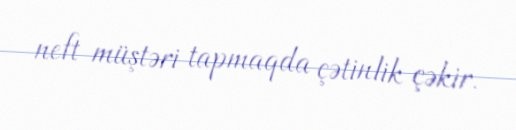
neft müştəri tapmaqda çətinlik çəkir.